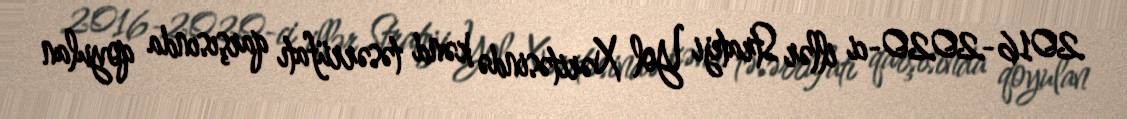
2016-2020-ci illər Strateji Yol Xəritəsində kənd təsərrüfatı qarşısında qoyulan